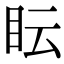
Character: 眃